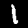
Digit: 1